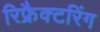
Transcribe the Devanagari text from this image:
रिफ्रैक्टरिंग